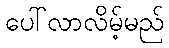
ပေါ်လာလိမ့်မည်